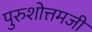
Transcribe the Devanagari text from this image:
पुरुशोत्तमजी